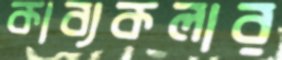
কাব্যকলার